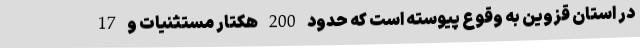
در استان قزوین به وقوع پیوسته است که حدود 200 هکتار مستثنیات و 17